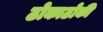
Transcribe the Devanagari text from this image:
ठोकाठोकी